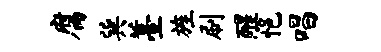
腐巽薹旌刷醒悒唱